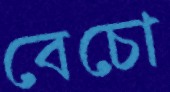
বেচো